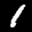
Label: 1